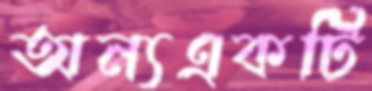
অন্যএকটি